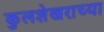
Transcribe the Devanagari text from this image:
कुलशेखराच्या